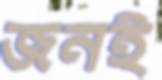
জনই